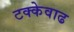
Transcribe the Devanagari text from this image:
टक्केवाढ